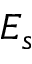
E _ { s }